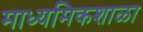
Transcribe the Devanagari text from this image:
माध्यमिकशाळा